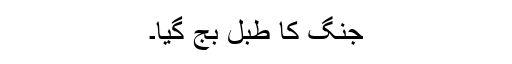
جنگ کا طبل بج گیا۔